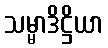
သမ္မာဒိဋ္ဌိယာ